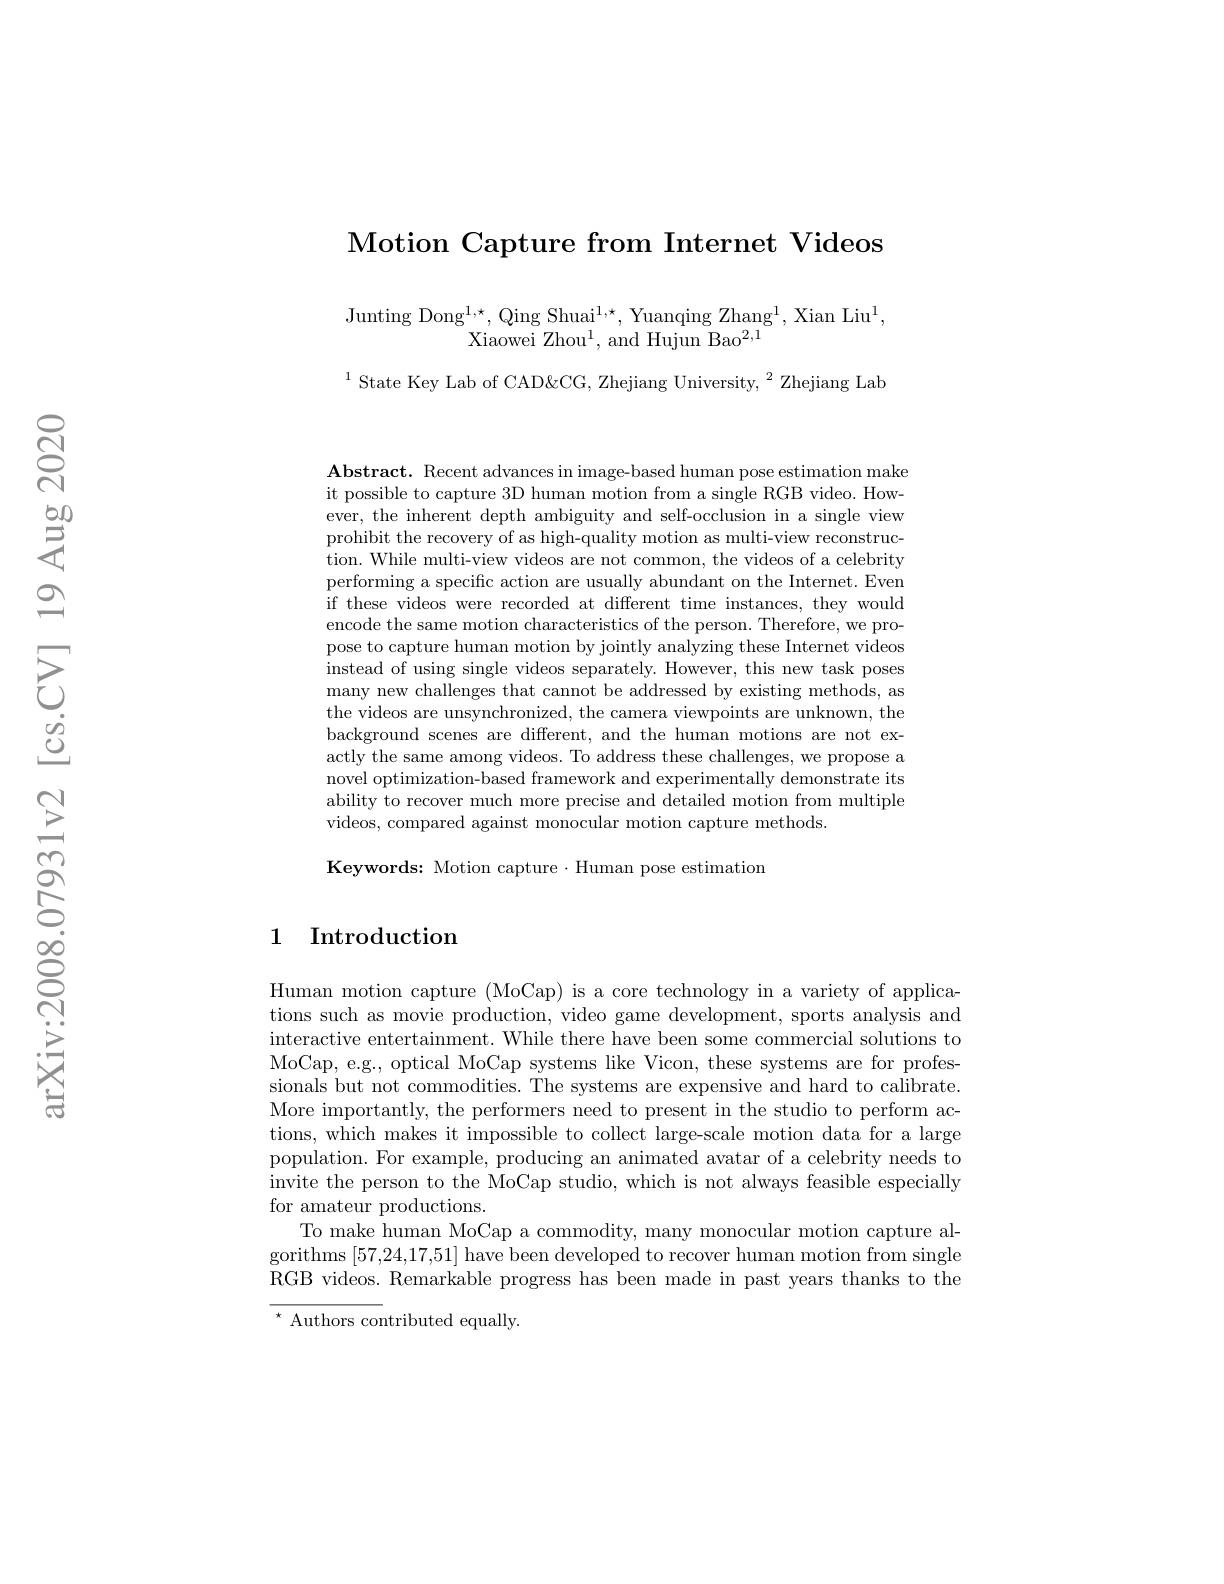
Motion Capture from Internet Videos

Junting Dong$^1,\star$,Qing Shuai$^1,\star$,Yuanqing Zhang$^1$,Xian Liu$^1$,
Xiaowei Zhou$^1$, and Hujun Bao$^2,1$

$^{1}$State Key Lab of CAD&CG, Zhejiang University, $^2$ Zhejiang Lab

$\mathbf{Abstract.~Recent~advances~in~image-based~human~pose~estimation~make}$ it possible to capture 3D human motion from a single RGB video. However, the inherent depth ambiguity and self-occlusion in a single view prohibit the recovery of as high-quality motion as multi-view reconstruction. While multi-view videos are not common, the videos of a celebrity performing a specific action are usually abundant on the Internet. Even if these videos were recorded at different time instances, they would encode the same motion characteristics of the person. Therefore, we propose to capture human motion by jointly analyzing these Internet videos instead of using single videos separately. However, this new task poses many new challenges that cannot be addressed by existing methods, as the videos are unsynchronized, the camera viewpoints are unknown, the background scenes are different, and the human motions are not exactly the same among videos. To address these challenges, we propose a novel optimization-based framework and experimentally demonstrate its ability to recover much more precise and detailed motion from multiple videos, compared against monocular motion capture methods.

Keywords: Motion capture·Human pose estimation

## 1 Introduction

Human motion capture (MoCap) is a core technology in a variety of applications such as movie production, video game development, sports analysis and interactive entertainment. While there have been some commercial solutions to MoCap, e.g., optical MoCap systems like Vicon, these systems are for professionals but not commodities. The systems are expensive and hard to calibrate. More importantly, the performers need to present in the studio to perform actions, which makes it impossible to collect large-scale motion data for a large population. For example, producing an animated avatar of a celebrity needs to invite the person to the MoCap studio, which is not always feasible especially for amateur productions.
To make human MoCap a commodity, many monocular motion capture algorithms [57,24,17,51] have been developed to recover human motion from single $\bar{\text{RGB videos. Remarkable progress has been made in past years thanks to the}}$ $^{\star}$ Authors contributed equally